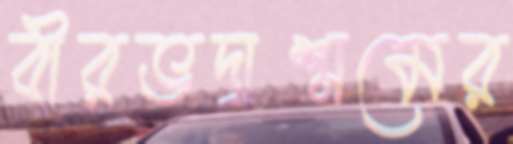
বীরভদ্রাশ্রমের